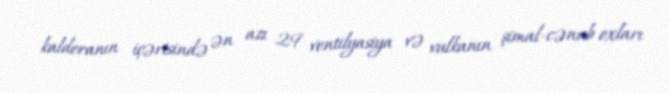
kalderanın içərisində ən azı 29 ventilyasiya və vulkanın şimal-cənub oxları